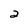
Character: 2